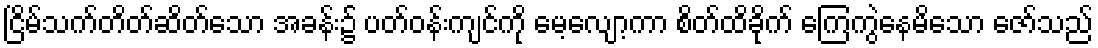
ငြိမ်သက်တိတ်ဆိတ်သော အခန်း၌ ပတ်ဝန်းကျင်ကို မေ့လျော့ကာ စိတ်ထိခိုက် ကြေကွဲနေမိသော ဇော်သည်